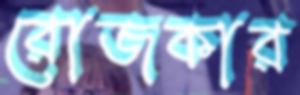
রোজকার